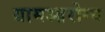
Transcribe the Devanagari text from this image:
ग्रामआरोग्य